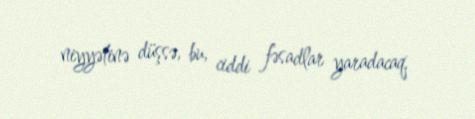
niyyətinə düşsə, bu, ciddi fəsadlar yaradacaq.